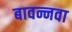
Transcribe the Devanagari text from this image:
बावन्नवा